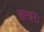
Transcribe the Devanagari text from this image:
चत्वरः